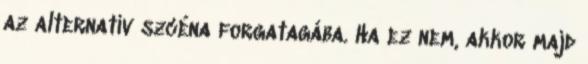
az alternatív szcéna forgatagába. Ha ez nem, akkor majd